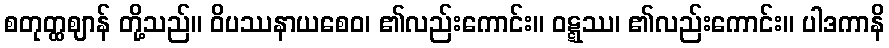
စတုတ္ထဈာန် တို့သည်။ ဝိပဿနာယစေဝ၊ ၏လည်းကောင်း။ ဝဋ္ဋဿ၊ ၏လည်းကောင်း။ ပါဒကာနိ